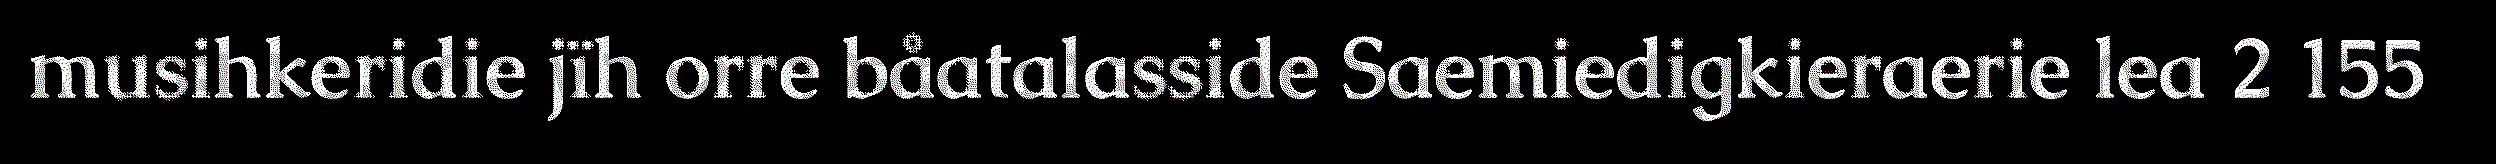
musihkeridie jïh orre båatalasside Saemiedigkieraerie lea 2 155